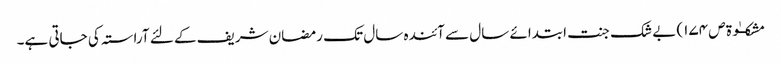
مشکــٰوۃ ص ١٧٤) بے شک جنت ابتدائے سال سے آئندہ سال تک رمضان شریف کے لئے آراستہ کی جاتی ہے۔